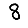
Digit: 8